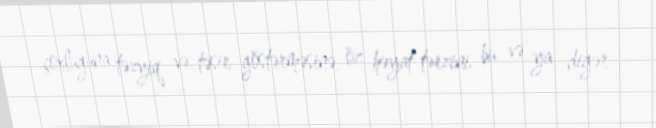
çoxluğuna təzyiq və təsir göstərməsinə, öz həyat tərzini bu və ya digər